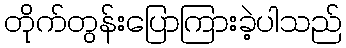
တိုက်တွန်းပြောကြားခဲ့ပါသည်